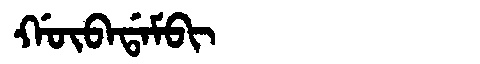
Manchu: ᡤᡡᠪᠠᡩᠠᠮᠪᡳ
Romanization: GŪBADAMBI